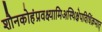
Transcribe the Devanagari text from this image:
शौनकोहंप्रवक्ष्यामिअस्थिक्षेपविधिंक्रमात्